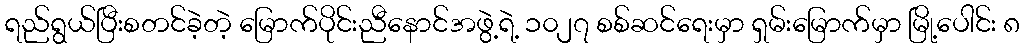
ရည်ရွယ်ပြီးစတင်ခဲ့တဲ့ မြောက်ပိုင်းညီနောင်အဖွဲ့ရဲ့ ၁၀၂၇ စစ်ဆင်ရေးမှာ ရှမ်းမြောက်မှာ မြို့ပေါင်း ၈